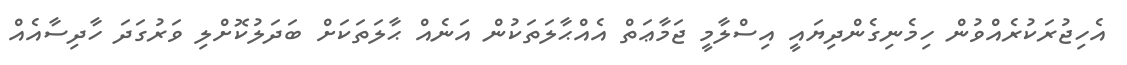
އެހިޖުރަކުރެއްވުން ހިމެނިގެންދިޔައީ އިސްލާމީ ޖަމާޢަތް އެއްޙާލަތަކުން އަނެއް ޙާލަތަކަށް ބަދަލުކޮށްލި ވަރުގަދަ ހާދިސާއެއް